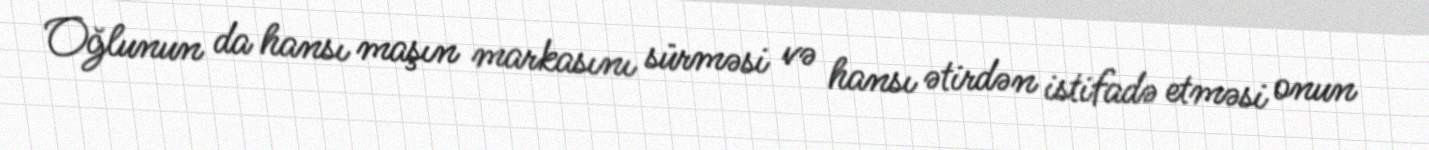
Oğlunun da hansı maşın markasını sürməsi və hansı ətirdən istifadə etməsi onun